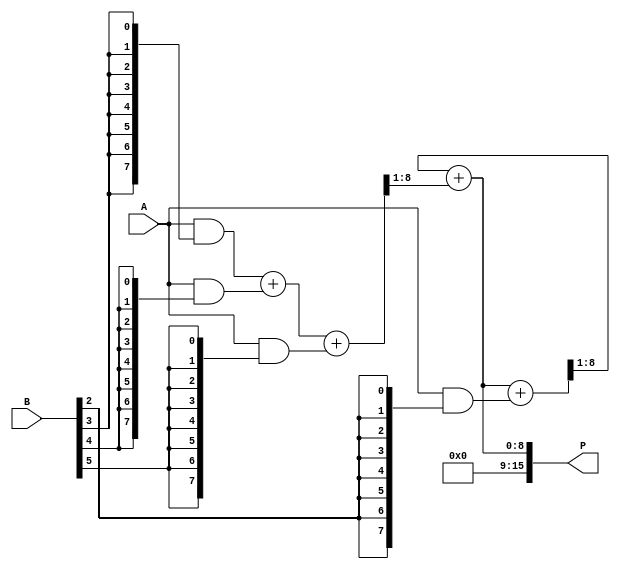
module AdaptiveWallaceTreeMultiplier #(parameter N = 8) (
    input  wire [N-1:0] A, // First operand
    input  wire [N-1:0] B, // Second operand
    output wire [2*N-1:0] P // Product output
);

// Partial product generation
wire [N-1:0] partial_products [0:N-1];

genvar i;
generate
    for (i = 0; i < N; i = i + 1) begin : pp_gen
        assign partial_products[i] = A & {N{B[i]}};
    end
endgenerate

// Wallace Tree Compression
wire [N:0] sum [0:N-1]; // Sums at each level
wire [N:0] carry [0:N-1]; // Carries at each level

// Initial stage
generate
    for (i = 0; i < N; i = i + 1) begin : initial_stage
        assign sum[i] = {1'b0, partial_products[i]};
        assign carry[i] = {1'b0, 1'b0}; // Initialize carries to 0
    end
endgenerate

// Wallace Tree Reduction
function [N:0] full_adder;
    input [N:0] a;
    input [N:0] b;
    input [N:0] c;
    begin
        full_adder = a + b + c;
    end
endfunction

// Perform Wallace tree reduction
genvar j, k;
generate
    for (j = 0; j < N; j = j + 1) begin : wallace_tree
        for (k = 0; k < (N - 1); k = k + 3) begin : group
            if (k + 2 < N) begin
                wire [N:0] fa_out;
                assign fa_out = full_adder(sum[k], sum[k + 1], sum[k + 2]);
                assign sum[k/3] = fa_out[N:1]; // Store sum
                assign carry[k/3] = fa_out[N]; // Store carry
            end
        end
    end
endgenerate

// Final carry-propagate addition to produce the final product
wire [2*N-1:0] final_sum;
assign final_sum = {carry[N-1], sum[0]} + {carry[N-2], sum[1]};

// Output the final product
assign P = final_sum;

endmodule